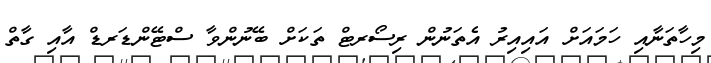
މިހާތަނާއި ހަމައަށް އައިއިރު އެތަނުން ރިސޯރޓް ތަކަށް ބޭނުންވާ ސްޓޭންޑަރޑް އާއި ގާތް